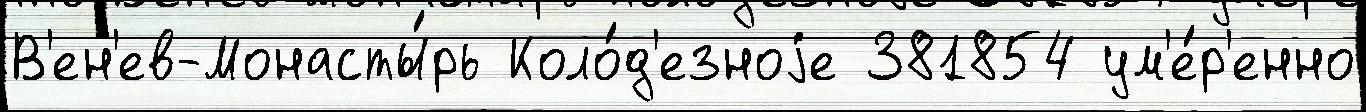
В'ен'ев-Монасты́рь Коло́д'езноjе 381854 ум'е́р'енно